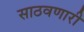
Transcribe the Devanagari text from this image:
साठवणारी